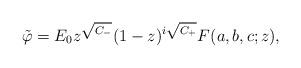
LaTeX: \begin{align*}\tilde\varphi = E_0 z^{\sqrt{C_-}} (1-z)^{i\sqrt{C_+}} F(a,b,c;z),\end{align*}